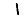
Digit: 1